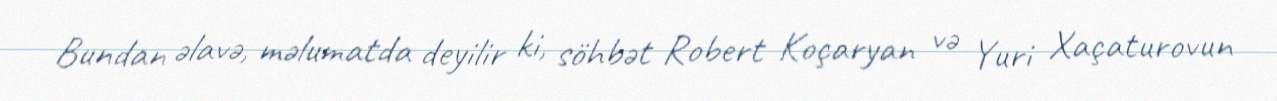
Bundan əlavə, məlumatda deyilir ki, söhbət Robert Koçaryan və Yuri Xaçaturovun